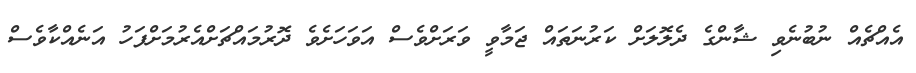
އެއްޗެއް ނުބުނެވި ޝާންގެ ދެލޮލަށް ކަރުނަތައް ޖަމާވީ ވަރަށްވެސް އަވަހަށެވެ ދޮރުމައްޗަށްއެރުމަށްފަހު އަނެއްކާވެސް